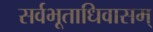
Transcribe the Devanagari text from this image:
सर्वभूताधिवासम्